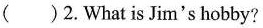
( )2.What is Jim's hobby?